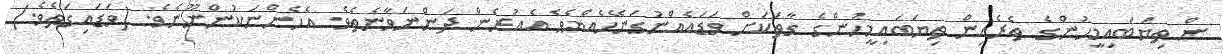
ން ތިޔަބައިމީހުންގެ ތެރެއިން ތިޔަބައިމީހުންގެ ގާތަކަށް ވަޑައެއްނުގަނޭހެއްޔެވެ އެއުރެން ދަންނަވާނެތެވެ. އެހެންނަކުންނޫނެވެ. (ވަޑައިގަތެވެ.)